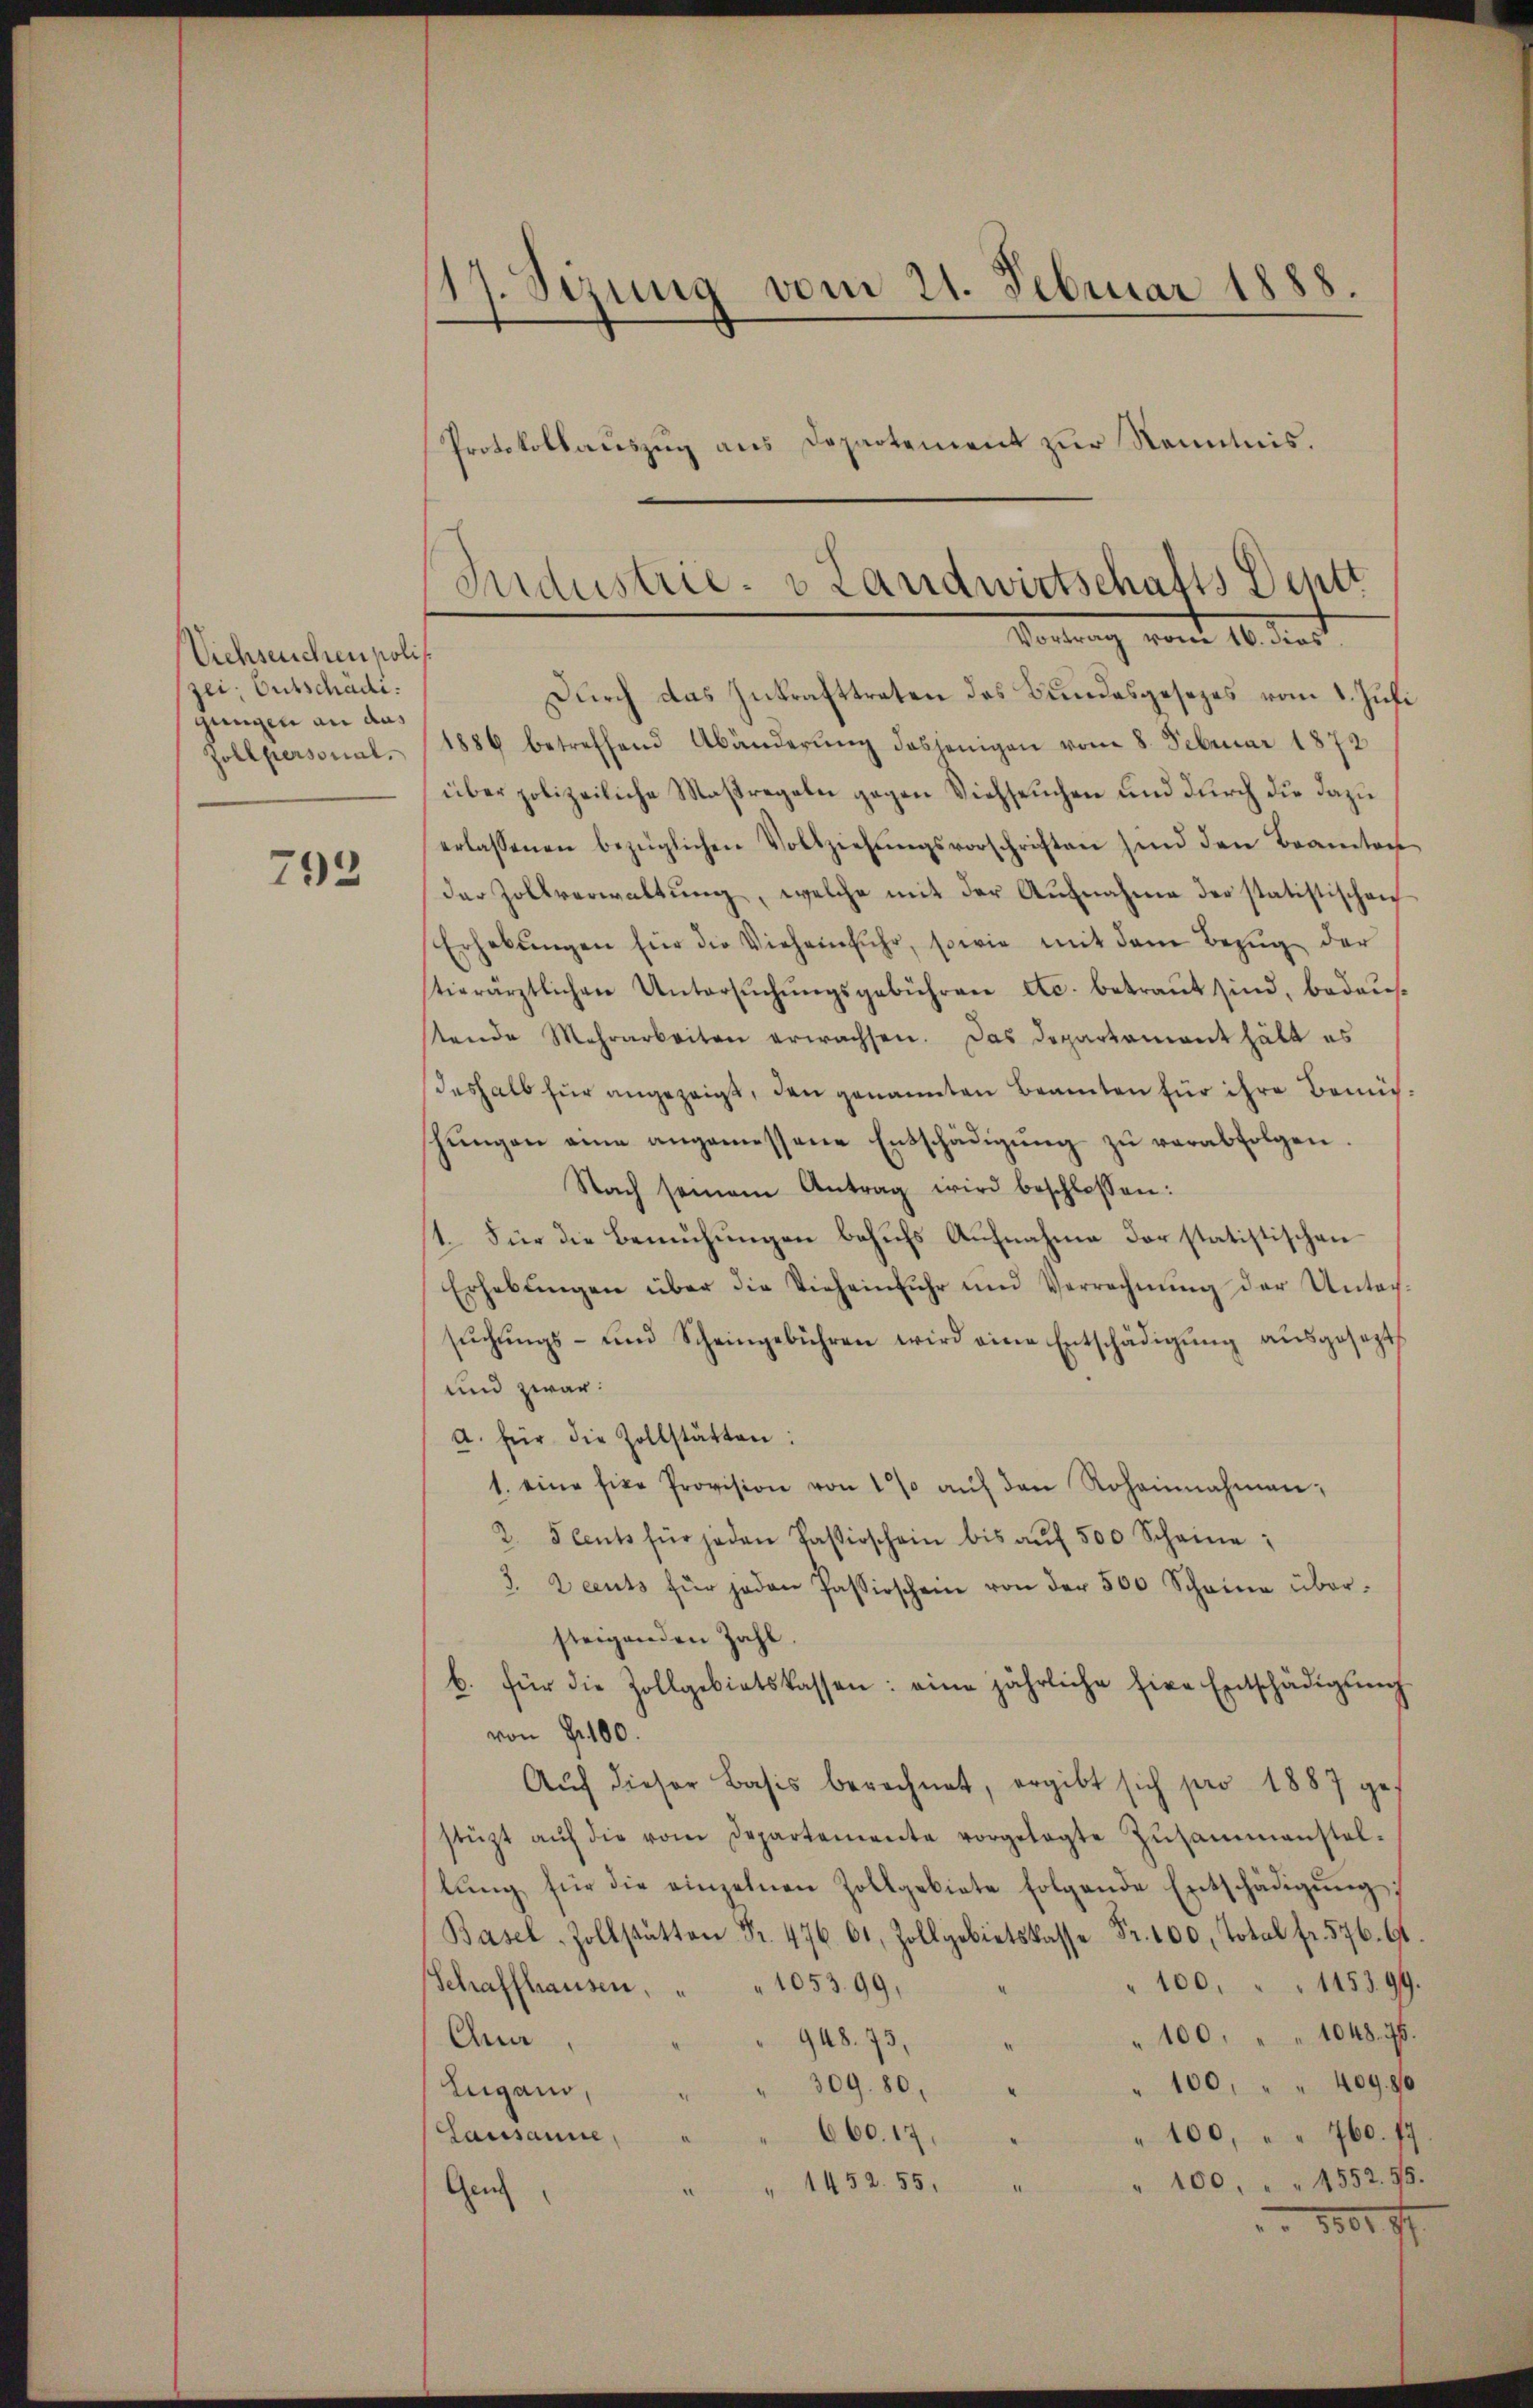
Viehseuchen polit
zei: Entschädi
gungen an das
Zollpersonal.

793

17. Sezung vom 21. Februar 1888.
Protokollauszug aus Departement zur Kenntnis.

Durch das Zukrafttreten des Bundesgesezes vom 8. Juli
1886 betreffend Abänderŭng desjenigen vom 8. Februar 1872
über polizeiliche Maßregeln gegen Viehseuchen und durch die dazu
erlassenen bezüglichen Vollziehŭngsvorschriften sind den Beamten
der Zollverwaltŭng, welche mit der Aŭfnahme der statistischen
Erhebŭngen für die Vieheinfuhr, sowie mit dem Bezŭg der
tierärztlichen Untersŭchŭngsgebühren etc. betraut sind, bedaustende Mehrarbeiten erwachsen. Das Departament hält es
deshalb für angezeigt, den genannten Beamten für ihre Bemüh
hŭngen eine angemessene Entschädigŭng zŭ verabfolgen.
Nach seinem Antrag wird beschlossen:
1. Für die Bemühungen behufs Aufnahme der statistischen
Erhebŭngen über die Vieheinfŭhr und Verrechnŭng der Untach-
sŭchŭngs- und Scheingebühren wird eine Entschädigŭng aŭsgesezt
und zwar:
a. für die Zollstätten:
1. eine sie Provision von 1% aŭf den Rohannahmen;
2. Seents für jeden Passischein bis aŭf 500 Scheine:
3. Deuts für jeden Passischein von der 500 Scheine übersteigenden Zahl.
b. für die Zollgebietskassen: eine jährliche fixe Entschädigŭng
von P. 100.
Aŭf dieser Basis berechnet, ergibt sich pro 1887 ge
stüzt aŭf die vom Departemente vorgelegte Zŭsammenstal-
lŭng für die einzelnen Zollgebiete folgende Entschädigung
Basel-Zollstätten Fr. 476. 61, Zollgebietskasse Fr. 100, Total fr. 576. 91.
" 100. " " 1453. 99.
Schaffhausen, " " 1053. 99,
100. " " 1048. 75.
948. 73,
Cua
100, " " 409. 80
309. 80,
Lugano,
660. 17.
Lausanne
100, " " 760. f
" 100, " " 4552. 95.
1452. 55,
Gen
1801. 47

Industrie- & Landwirtschafts Dentt
Hortung von 16. Mart